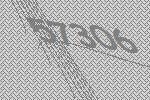
57306